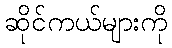
ဆိုင်ကယ်များကို